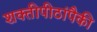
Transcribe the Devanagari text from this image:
शक्तीपीठांपैकी